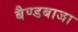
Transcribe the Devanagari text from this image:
बैण्डबाजा